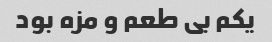
یکم بی طعم و مزه بود